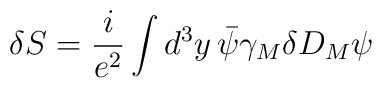
\delta S = \frac{i}{e^2} \int d^3 y\, \bar\psi \gamma_M \delta D_M \psi